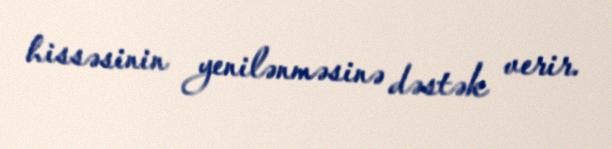
hissəsinin yenilənməsinə dəstək verir.